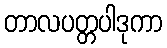
တာလပတ္တပါဒုကာ